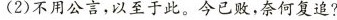
(2)不用公言，以至于此。今已败，奈何复追?